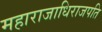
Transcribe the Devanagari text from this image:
महाराजाधिराजपति